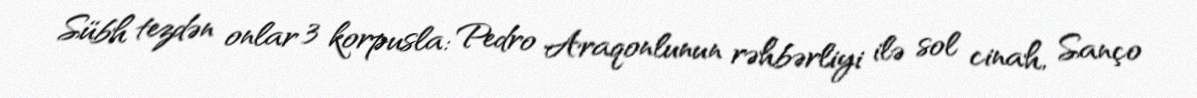
Sübh tezdən onlar 3 korpusla: Pedro Araqonlunun rəhbərliyi ilə sol cinah, Sanço